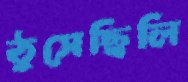
ঠুসেছিলি